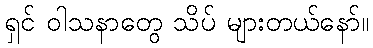
ရှင် ဝါသနာတွေ သိပ် များတယ်နော်။